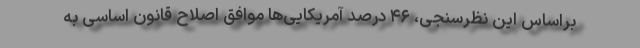
براساس این نظرسنجی، ۴۶ درصد آمریکایی‌ها موافق اصلاح قانون اساسی به